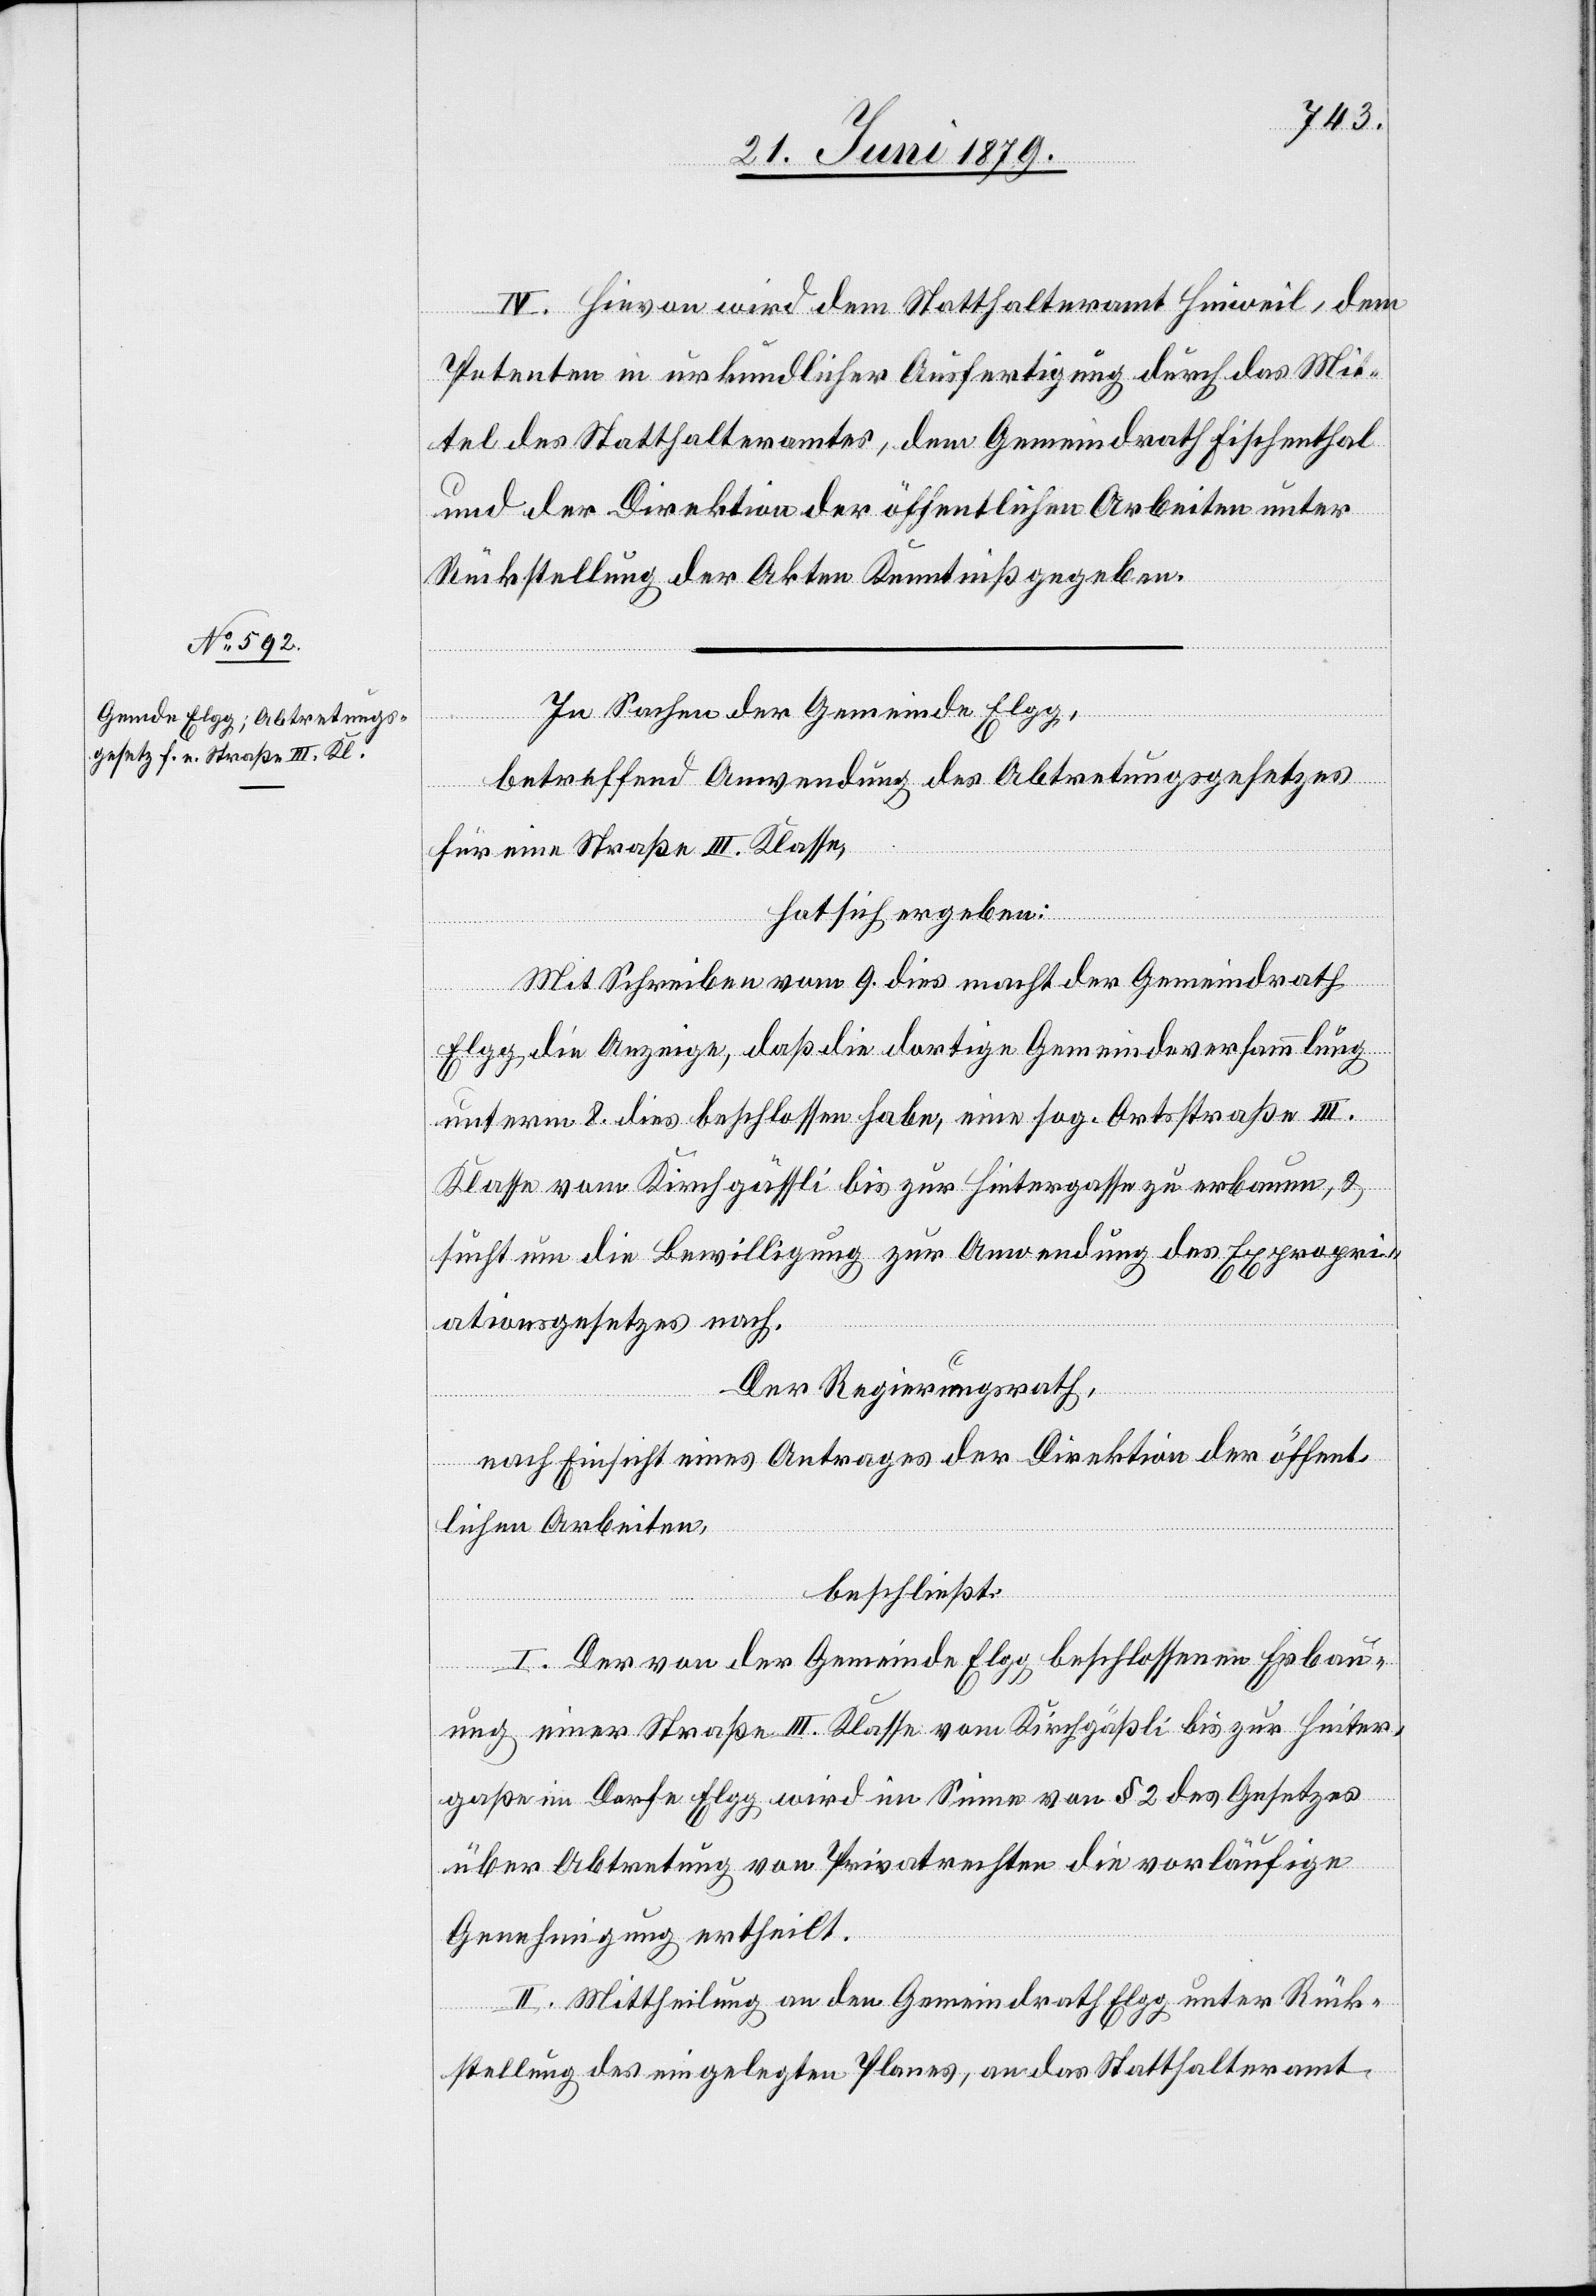
IV. Hievon wird dem Statthalteramt Hinweil, dem
Petenten in urkundlicher Ausfertigung durch das Mit¬
tel des Statthalteramtes, dem Gemeindrath Fischenthal
und der Direktion der öffentlichen Arbeiten unter
Rückstellung der Akten Kenntniß gegeben.
In Sachen der Gemeinde Elgg,
betreffend Anwendung des Abtretungsgesetzes
für eine Straße III. Klasse,
hat sich ergeben:
Mit Schreiben vom 9. dies macht der Gemeindrath
Elgg die Anzeige, daß die dortige Gemeindeversammlung
unterm 8. dies beschlossen habe, eine sog. Ortsstraße III.
Klasse vom Kirchgässli bis zur Hintergasse zu erbauen, &
sucht um die Bewilligung zur Anwendung des Expropri¬
ationsgesetzes nach.
Der Regierungsrath,
nach Einsicht eines Antrages der Direktion der öffent¬
lichen Arbeiten,
beschließt:
I. Der von der Gemeinde Elgg beschlossenen Erbau¬
ung einer Straße III. Klasse vom Kirchgäßli bis zur Hinter¬
gaße im Dorfe Elgg wird im Sinne von § 2 des Gesetzes
über Abtretung von Privatrechten die vorläufige
Genehmigung ertheilt.
II. Mittheilung an den Gemeindrath Elgg unter Rück¬
stellung des eingelegten Planes, an das Statthalteramt